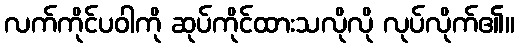
လက်ကိုင်ပဝါကို ဆုပ်ကိုင်ထားသလိုလို လုပ်လိုက်၏။